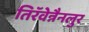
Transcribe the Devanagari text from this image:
तिरॅवेन्नैनलुर